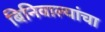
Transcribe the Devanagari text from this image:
बिनिवाल्यांचा